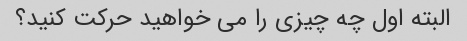
البته اول چه چیزی را می خواهید حرکت کنید؟